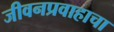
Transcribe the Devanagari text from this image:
जीवनप्रवाहाचा